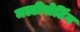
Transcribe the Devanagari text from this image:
मल्टीसेटिंग